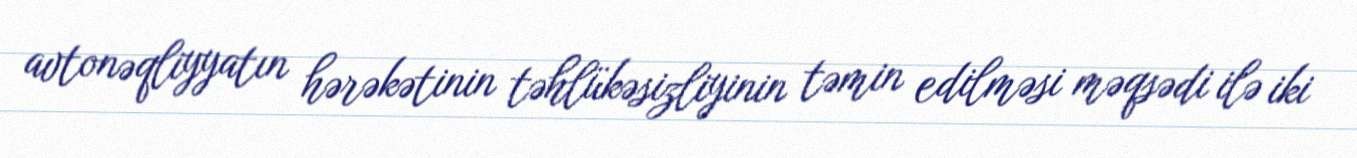
avtonəqliyyatın hərəkətinin təhlükəsizliyinin təmin edilməsi məqsədi ilə iki